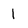
Character: l